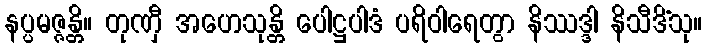
နပ္ပမဇ္ဇန္တိ။ တုဏှီ အဟေသုန္တိ ပေါဋ္ဌပါဒံ ပရိဝါရေတွာ နိဿဒ္ဒါ နိသီဒိံသု။